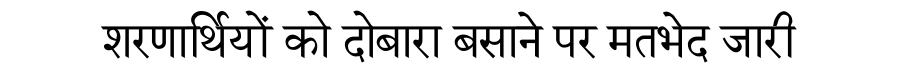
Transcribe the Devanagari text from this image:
शरणार्थियों को दोबारा बसाने पर मतभेद जारी